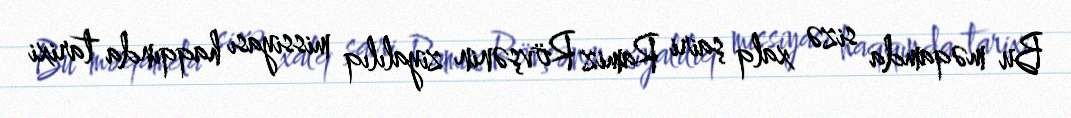
Bu məqamda sizə xalq şairi Ramiz Rövşənin ziyalılıq missiyası haqqında tarixi